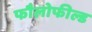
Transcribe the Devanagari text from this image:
फौलोफील्ड